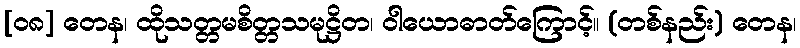
[၀၈] တေန၊ ထိုသတ္တမစိတ္တသမုဋ္ဌိတ၊ ဝါယောဓာတ်ကြောင့်။ (တစ်နည်း) တေန၊